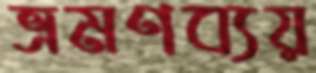
ভ্রমণব্যয়